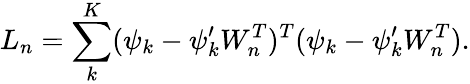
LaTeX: L_{n}=\sum_{k}^{K}(\psi_{k}-\psi_{k}^{\prime}W_{n}^{T})^{T}(\psi_{k}-\psi_{k}^{\prime}W_{n}^{T}).